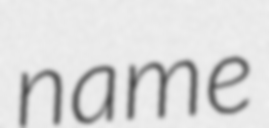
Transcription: name